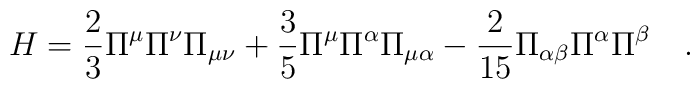
H=\frac{2}{3}\Pi^\mu\Pi^\nu\Pi_{\mu\nu}+\frac{3}{5}\Pi^\mu\Pi^\alpha   \Pi_{\mu\alpha}-      \frac{2}{15}\Pi_{\alpha\beta}\Pi^\alpha \Pi^\beta                       \quad .